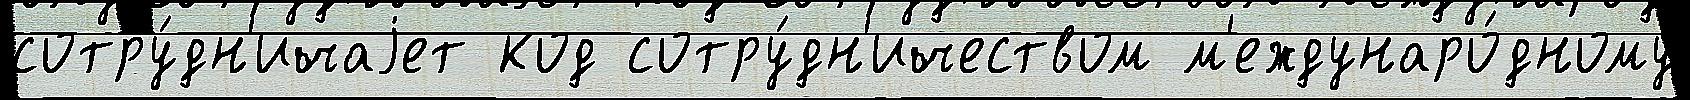
сотру́дн'ичаjет код сотру́дн'ичеством м'еждунаро́дному